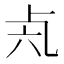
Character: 𠧝